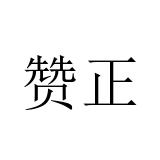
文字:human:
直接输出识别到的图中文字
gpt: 赞正